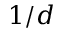
1 / d